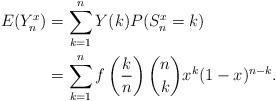
LaTeX: \begin{align*}E(Y^x_n) & = \sum_{k=1}^n Y(k) P(S^x_n = k) \\& = \sum_{k=1}^n f\left( \frac{k}{n} \right) \binom{n}{k} x^k (1 - x)^{n-k}.\end{align*}